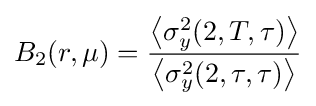
B_{2}(r,\mu )={\frac {\left\langle \sigma _{y}^{2}(2,T,\tau )\right\rangle }{\left\langle \sigma _{y}^{2}(2,\tau ,\tau )\right\rangle }}